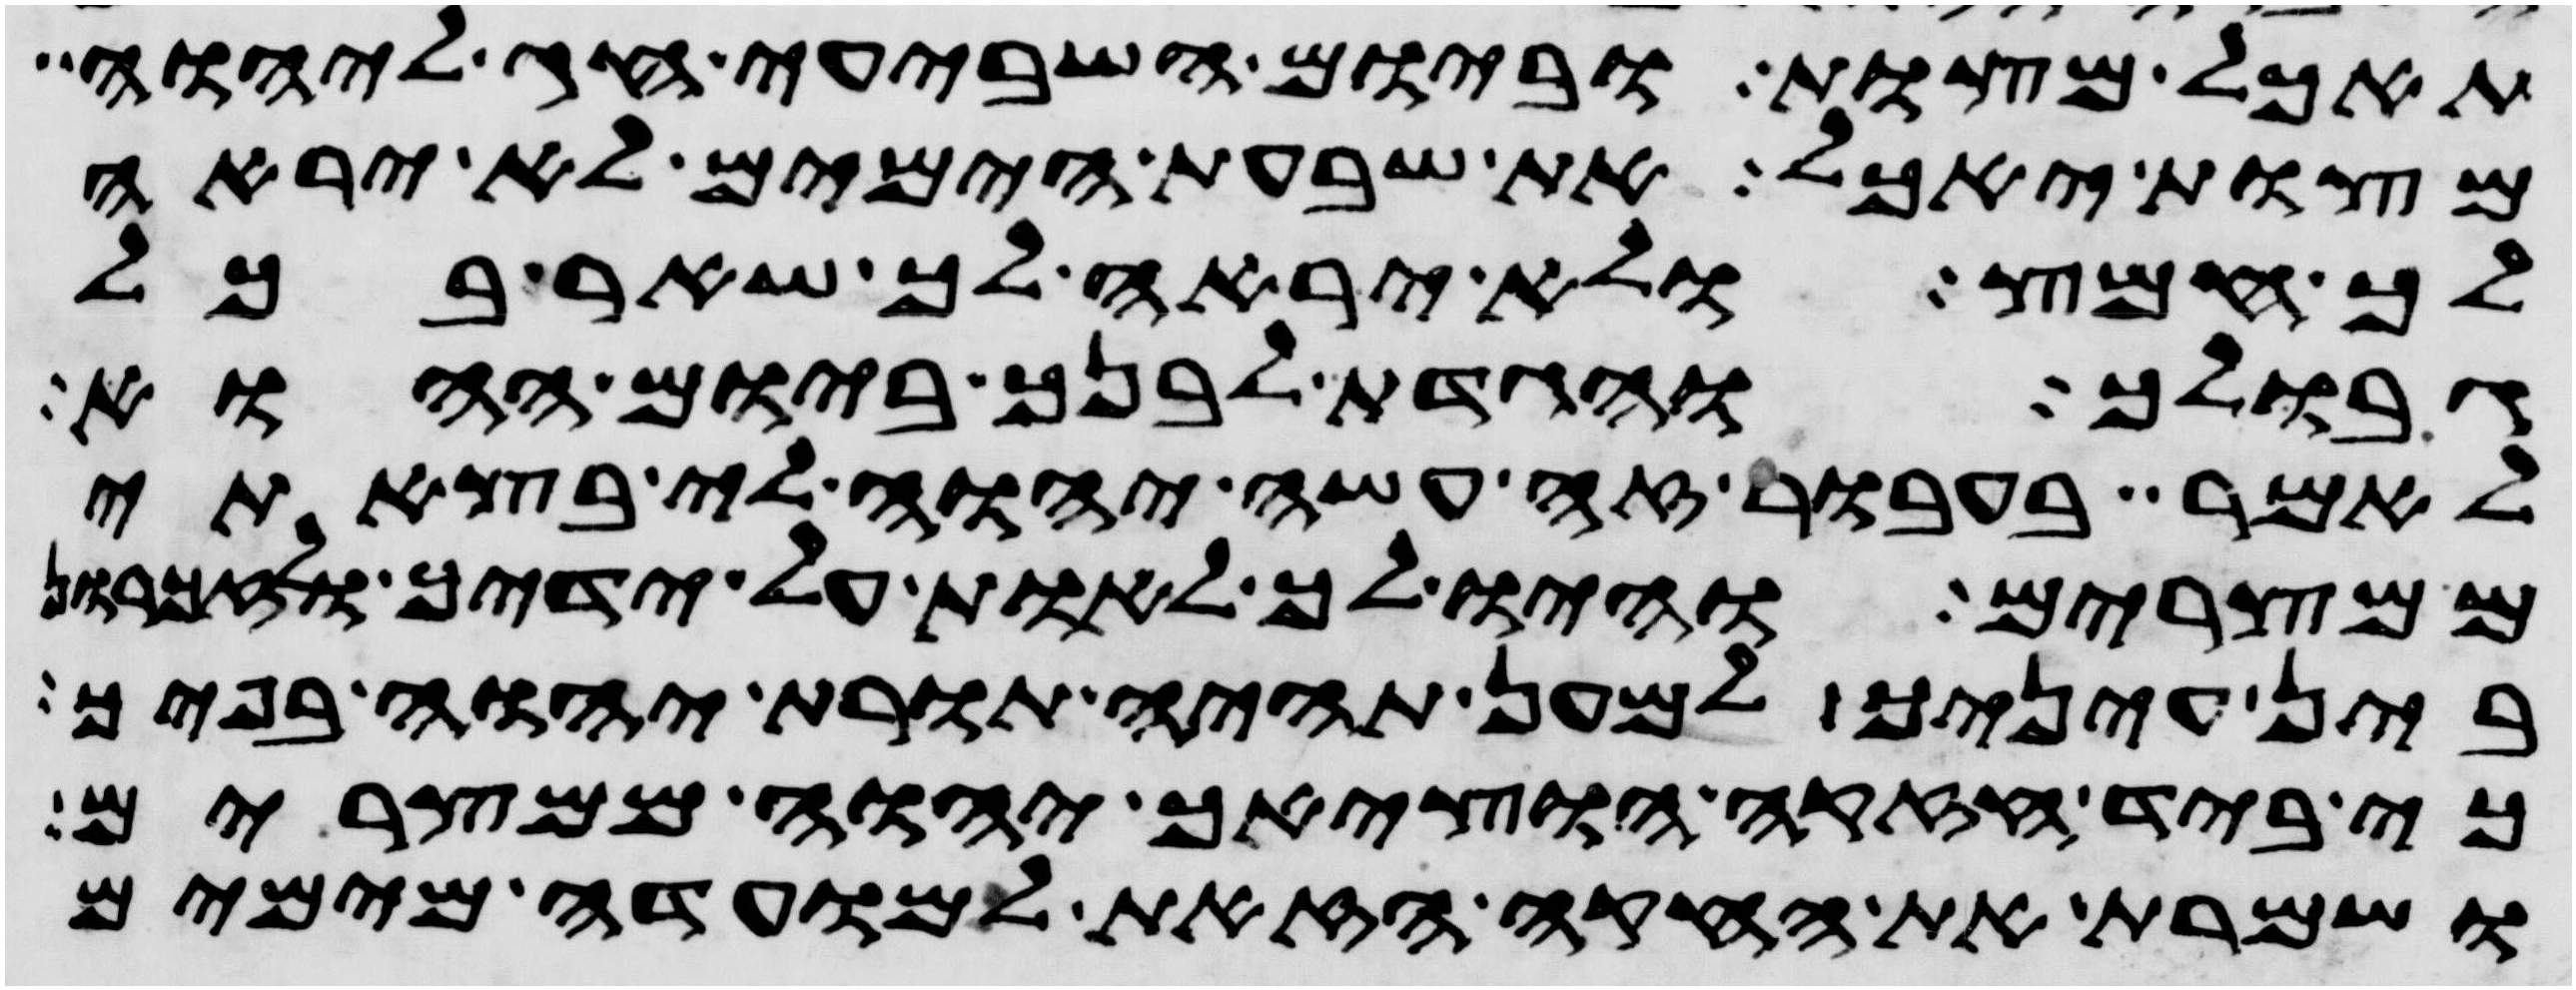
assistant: תאכל מצות וביום השביעי חג ליהוה
מצות יאכל את שבעת הימים לא יראה
לך חמץ ולא יראה לך שאר בכל
גבולך והגדת לבנך ביום ההוא
לאמר בעבור זה עשה יהוה לי בצאתי
ממצרים והיו לך לאות על ידיך ולזכרון
בין עיניך למען תהיה תורת יהוה בפיך
כי ביד חזקה הוציאך יהוה ממצרים
ושמרת את החקה הזאת למועדה מימים